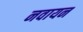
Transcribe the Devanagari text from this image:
नवायन